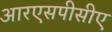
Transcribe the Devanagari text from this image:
आरएसपीसीए